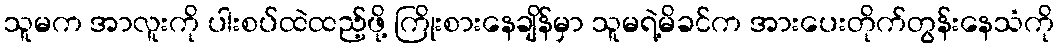
သူမက အာလူးကို ပါးစပ်ထဲထည့်ဖို့ ကြိုးစားနေချိန်မှာ သူမရဲ့မိခင်က အားပေးတိုက်တွန်းနေသံကို